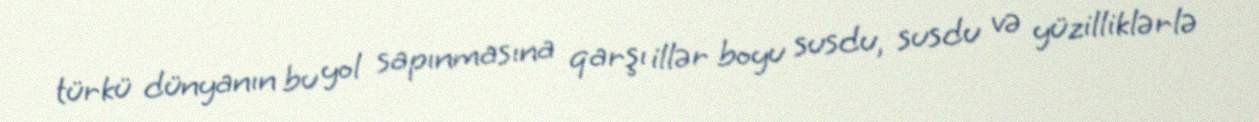
türkü dünyanın bu yol sapınmasına qarşı illər boyu susdu, susdu və yüzilliklərlə